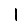
Digit: 1